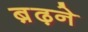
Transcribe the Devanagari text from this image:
ब़ढ़ने